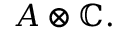
A \otimes \mathbb { C } .